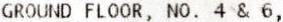
GROUND FLOOR, NO. 4 & 6,